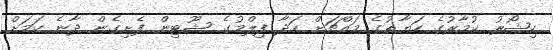
ކިޝޯރު ކުމާރުގެ ހަޔާތުގެ މައްޗަށް ހަދާ ފިލްމުގެ ޝޫޓިން ފެށިގެން ދާނެ ކަމަށް